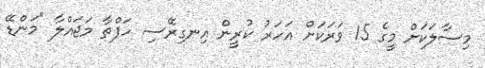
މިސާލަކަށް މީގެ 15 ވަރަކަށް އަހަރު ކުރީން އިނގިރޭސި ހަފްތާ މަޖައްލާ "މަންޑޭ